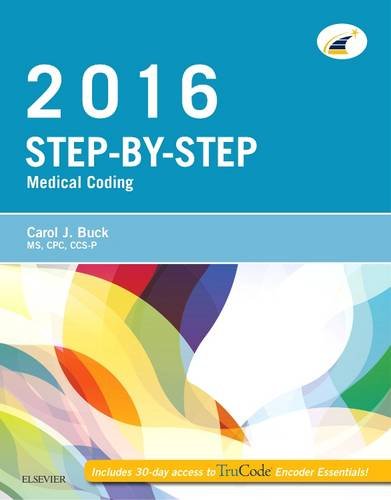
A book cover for Step-by-Step Medical Coding, 2016 Edition, 1e; Carol J. Buck MS  CPC  CCS-P; Medical Books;